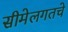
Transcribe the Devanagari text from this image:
सीमेलगतचे